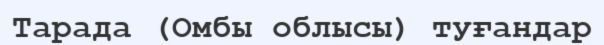
Тарада (Омбы облысы) туғандар